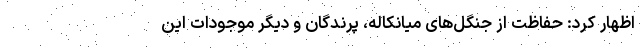
اظهار کرد: حفاظت از جنگل‌های میانکاله، پرندگان و دیگر موجودات این